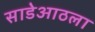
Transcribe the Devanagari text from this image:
साडेआठला